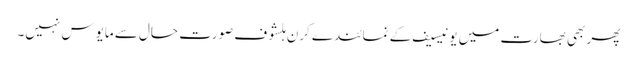
پھر بھی بھارت میں یونیسیف کے نمائندے کرن ہلشوف صورت حال سے مایوس نہیں۔